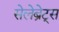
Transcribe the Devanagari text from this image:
सेलेब्रेट्स